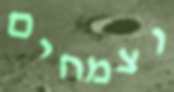
וצמחים